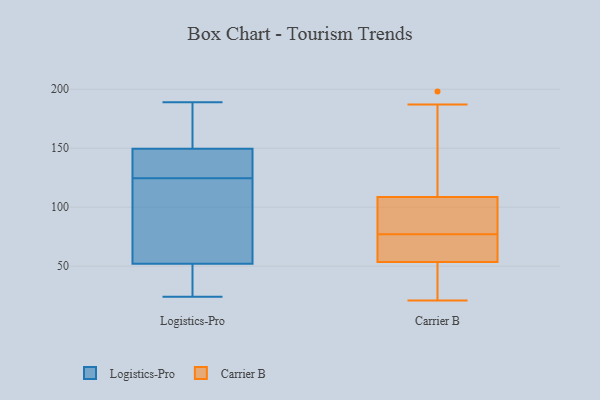
{"axis": {"x": "Waste Production (Tons)", "y": "Value"}, "legend": ["Carrier B", "Logistics-Pro"], "data": [{"x": "", "y": 115, "type": "Logistics-Pro"}, {"x": "", "y": 147, "type": "Logistics-Pro"}, {"x": "", "y": 178, "type": "Logistics-Pro"}, {"x": "", "y": 150, "type": "Logistics-Pro"}, {"x": "", "y": 36, "type": "Logistics-Pro"}, {"x": "", "y": 135, "type": "Logistics-Pro"}, {"x": "", "y": 123, "type": "Logistics-Pro"}, {"x": "", "y": 25, "type": "Logistics-Pro"}, {"x": "", "y": 164, "type": "Logistics-Pro"}, {"x": "", "y": 149, "type": "Logistics-Pro"}, {"x": "", "y": 149, "type": "Logistics-Pro"}, {"x": "", "y": 159, "type": "Logistics-Pro"}, {"x": "", "y": 51, "type": "Logistics-Pro"}, {"x": "", "y": 40, "type": "Logistics-Pro"}, {"x": "", "y": 24, "type": "Logistics-Pro"}, {"x": "", "y": 53, "type": "Logistics-Pro"}, {"x": "", "y": 126, "type": "Logistics-Pro"}, {"x": "", "y": 71, "type": "Logistics-Pro"}, {"x": "", "y": 189, "type": "Logistics-Pro"}, {"x": "", "y": 76, "type": "Logistics-Pro"}, {"x": "", "y": 61, "type": "Carrier B"}, {"x": "", "y": 39, "type": "Carrier B"}, {"x": "", "y": 80, "type": "Carrier B"}, {"x": "", "y": 66, "type": "Carrier B"}, {"x": "", "y": 23, "type": "Carrier B"}, {"x": "", "y": 51, "type": "Carrier B"}, {"x": "", "y": 105, "type": "Carrier B"}, {"x": "", "y": 71, "type": "Carrier B"}, {"x": "", "y": 83, "type": "Carrier B"}, {"x": "", "y": 77, "type": "Carrier B"}, {"x": "", "y": 96, "type": "Carrier B"}, {"x": "", "y": 50, "type": "Carrier B"}, {"x": "", "y": 110, "type": "Carrier B"}, {"x": "", "y": 21, "type": "Carrier B"}, {"x": "", "y": 128, "type": "Carrier B"}, {"x": "", "y": 116, "type": "Carrier B"}, {"x": "", "y": 187, "type": "Carrier B"}, {"x": "", "y": 198, "type": "Carrier B"}, {"x": "", "y": 62, "type": "Carrier B"}]}